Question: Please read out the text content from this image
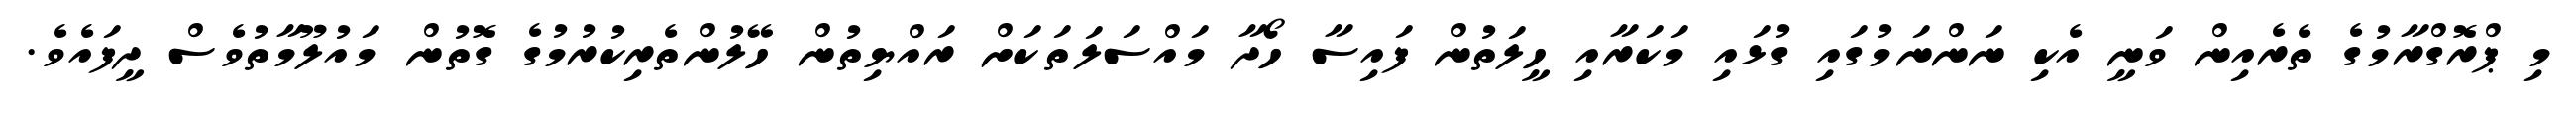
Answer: މި ޕްރޮގްރާމުގެ ތެރެއިން ވަނީ އެކި ނަންނަމުގައި ގުޅައި މަކަރާއި ހީލަތުން ފައިސާ ހޯދާ މައްސަލަތަކަށް ރައްޔިތުން ހޭލުންތެރިކުރުމުގެ ގޮތުން މައުލޫމާތުވެސް ދީފައެވެ.